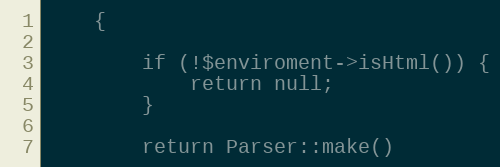
Language: PHP
    {

        if (!$enviroment->isHtml()) {
            return null;
        }

        return Parser::make()